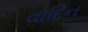
વાદિન